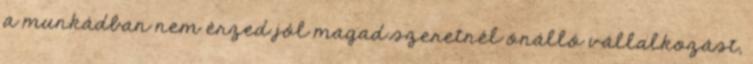
a munkádban nem érzed jól magad szeretnél önálló vállalkozást,